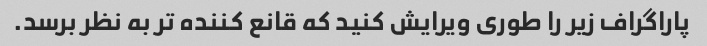
پاراگراف زیر را طوری ویرایش کنید که قانع کننده تر به نظر برسد.